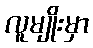
လူမျိုးမှာ